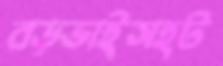
বড়ভাইসহট